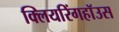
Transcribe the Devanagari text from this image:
क्लियरिंगहॉउस